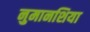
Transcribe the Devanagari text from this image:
नुमानशिया